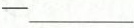
─___